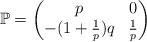
LaTeX: \begin{align*} \mathbb{P}=\begin{pmatrix} p& 0 \\ -(1+\frac{1}{p})q& \frac{1}{p}\end{pmatrix}\end{align*}